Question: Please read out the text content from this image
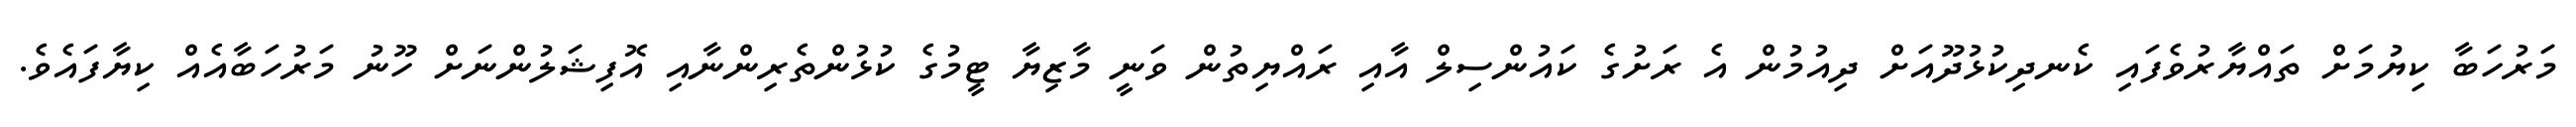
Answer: މަރުހަބާ ކިޔުމަށް ތައްޔާރުވެފައި ކެނދިކުޅުދޫއަށް ދިއުމުން އެ ރަށުގެ ކައުންސިލް އާއި ރައްޔިތުން ވަނީ މާޒިޔާ ޓީމުގެ ކުޅުންތެރިންނާއި އޮފިޝަލުންނަށް ހޫނު މަރުހަބާއެއް ކިޔާފައެވެ.